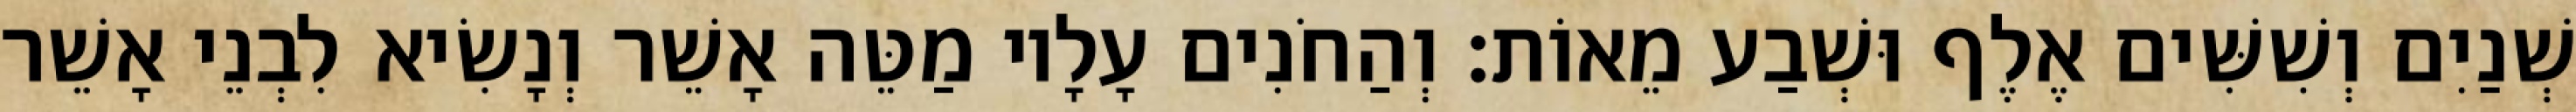
שְׁנַיִם וְשִׁשִּׁים אֶלֶף וּשְׁבַע מֵאוֹת׃ וְהַחֹנִים עָלָיו מַטֵּה אָשֵׁר וְנָשִׂיא לִבְנֵי אָשֵׁר